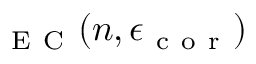
_ \mathrm { ~ E ~ C ~ } ( n , \epsilon _ { \mathrm { ~ c ~ o ~ r ~ } } )